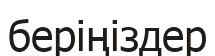
беріңіздер